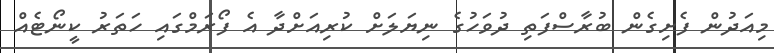
މިއަދުން ފެށިގެން ބުރާސްފަތި ދުވަހުގެ ނިޔަލަށް ކުރިއަށްދާ އެ ފޯރަމްގައި ހަތަރު ކީނޯޓެއް